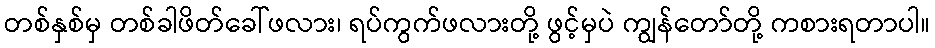
တစ်နှစ်မှ တစ်ခါဖိတ်ခေါ်ဖလား၊ ရပ်ကွက်ဖလားတို့ ဖွင့်မှပဲ ကျွန်တော်တို့ ကစားရတာပါ။